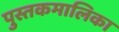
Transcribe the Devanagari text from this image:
पुस्तकमालिका